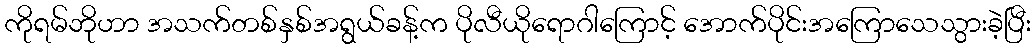
ကိုရမ်ဘိုဟာ အသက်တစ်နှစ်အရွယ်ခန့်က ပိုလီယိုရောဂါကြောင့် အောက်ပိုင်းအကြောသေသွားခဲ့ပြီး